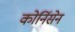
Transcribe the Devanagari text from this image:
कोर्निसेन